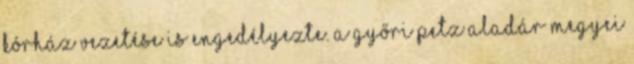
Kórház vezetése is engedélyezte. A győri Petz Aladár Megyei